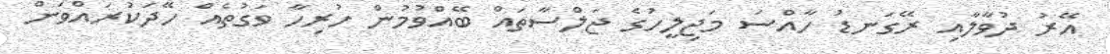
އޭރު ދުވާލާއި ރޭގަނޑު ހާއްސަ މަޖިލީހުގެ ޖަލްސާތައް ބޭއްވުމުން ހުރިހާ ވަގުތެއް ހޭދަކުރައްވަން